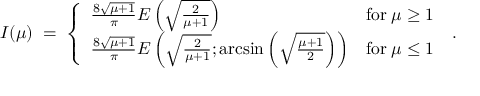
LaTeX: I ( \mu ) \; = \; \left\{ \begin{array} { l l } { { \frac { 8 \sqrt { \mu + 1 } } { \pi } E \left( \sqrt { \frac { 2 } { \mu + 1 } } \right) } } & { { \mathrm { f o r } \; \mu \geq 1 } } \\ { { \frac { 8 \sqrt { \mu + 1 } } { \pi } E \left( \sqrt { \frac { 2 } { \mu + 1 } } ; \arcsin \left( \sqrt { \frac { \mu + 1 } { 2 } } \right) \right) } } & { { \mathrm { f o r } \; \mu \leq 1 } } \end{array} \right. \; .